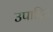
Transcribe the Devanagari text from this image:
उपादित